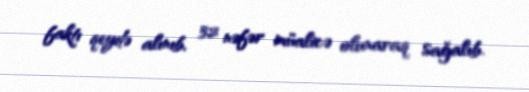
faktı qeydə alınıb, 32 nəfər müalicə olunaraq sağalıb.